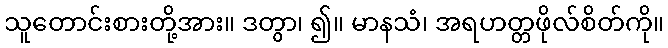
သူတောင်းစားတို့အား။ ဒတွာ၊ ၍။ မာနသံ၊ အရဟတ္တဖိုလ်စိတ်ကို။